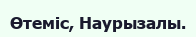
Өтеміс, Наурызалы.